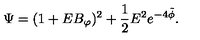
\Psi = ( 1 + E B _ { \varphi } ) ^ { 2 } + \frac { 1 } { 2 } E ^ { 2 } e ^ { - 4 \tilde { \phi } } .